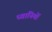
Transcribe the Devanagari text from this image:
ध्वानियों